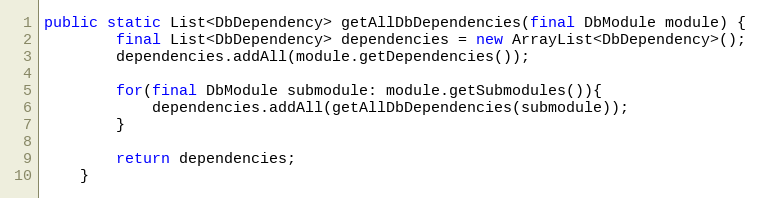
Language: Java
public static List<DbDependency> getAllDbDependencies(final DbModule module) {
        final List<DbDependency> dependencies = new ArrayList<DbDependency>();
        dependencies.addAll(module.getDependencies());

        for(final DbModule submodule: module.getSubmodules()){
            dependencies.addAll(getAllDbDependencies(submodule));
        }

        return dependencies;
    }